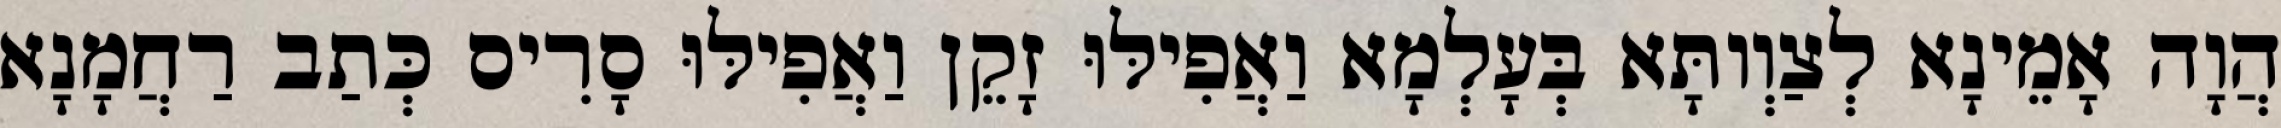
הֲוָה אָמֵינָא לְצַוְותָּא בְּעָלְמָא וַאֲפִילּוּ זָקֵן וַאֲפִילּוּ סָרִיס כְּתַב רַחֲמָנָא